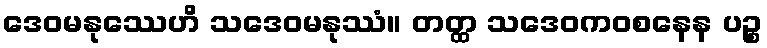
ဒေဝမနုဿေဟိ သဒေဝမနုဿံ။ တတ္ထ သဒေဝကဝစနေန ပဉ္စ